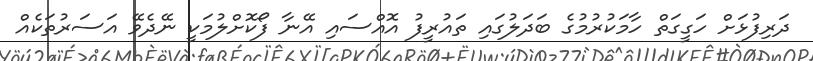
ދަރިފުޅަށް ހަގީގަތް ހާމަކުރުމުގެ ބަދަލުގައި ތައުރީފު އޮއްސައި އޭނާ ފޯކޮށްލުމަކީ ނޭދެވޭ އަސަރުތަކެއް